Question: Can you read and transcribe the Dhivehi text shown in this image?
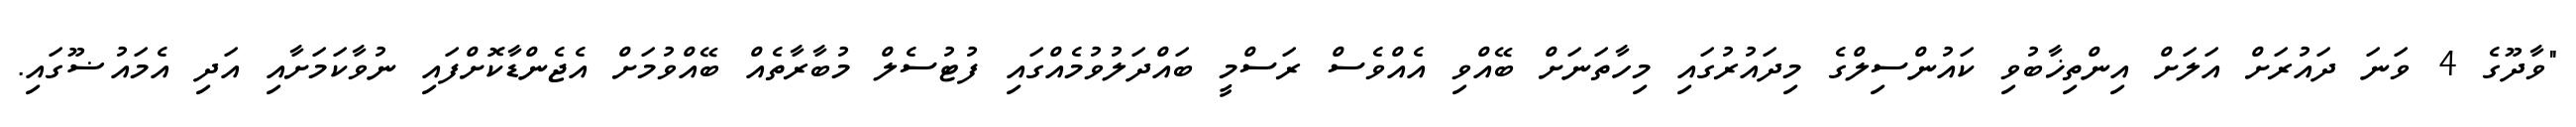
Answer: "ވާދޫގެ 4 ވަނަ ދައުރަށް އަލަށް އިންތިޚާބުވި ކައުންސިލްގެ މިދައުރުގައި މިހާތަނަށް ބޭއްވި އެއްވެސް ރަސްމީ ބައްދަލުވުމެއްގައި ފުޓުސެލް މުބާރާތެއް ބޭއްވުމަށް އެޖެންޑާކޮށްފައި ނުވާކަމަށާއި އަދި އެމައުޟޫގައި.